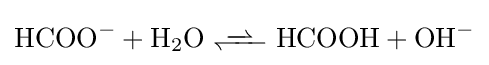
{\ce {HCOO^- + H2O <<=> HCOOH + OH^-}}